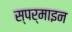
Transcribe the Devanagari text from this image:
स्पर्माइन